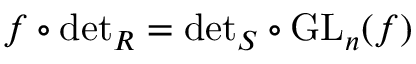
f \circ { \mathrm { d e t } } _ { R } = { \mathrm { d e t } } _ { S } \circ { \mathrm { G L } } _ { n } ( f )